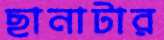
ছানাটার